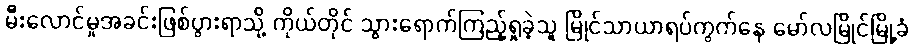
မီးလောင်မှုအခင်းဖြစ်ပွားရာသို့ ကိုယ်တိုင် သွားရောက်ကြည့်ရှုခဲ့သူ မြိုင်သာယာရပ်ကွက်နေ မော်လမြိုင်မြို့ခံ